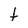
Character: t